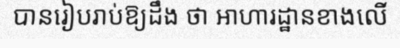
បានរៀបរាប់ឱ្យដឹង ថា អាហារដ្ឋានខាងលើ